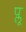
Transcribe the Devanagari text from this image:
प्लू